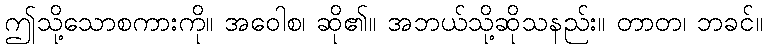
ဤသို့သောစကားကို။ အဝေါစ၊ ဆို၏။ အဘယ်သို့ဆိုသနည်း။ တာတ၊ ဘခင်။